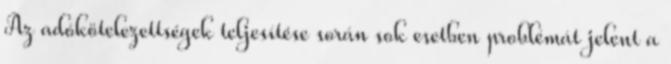
Az adókötelezettségek teljesítése során sok esetben problémát jelent a